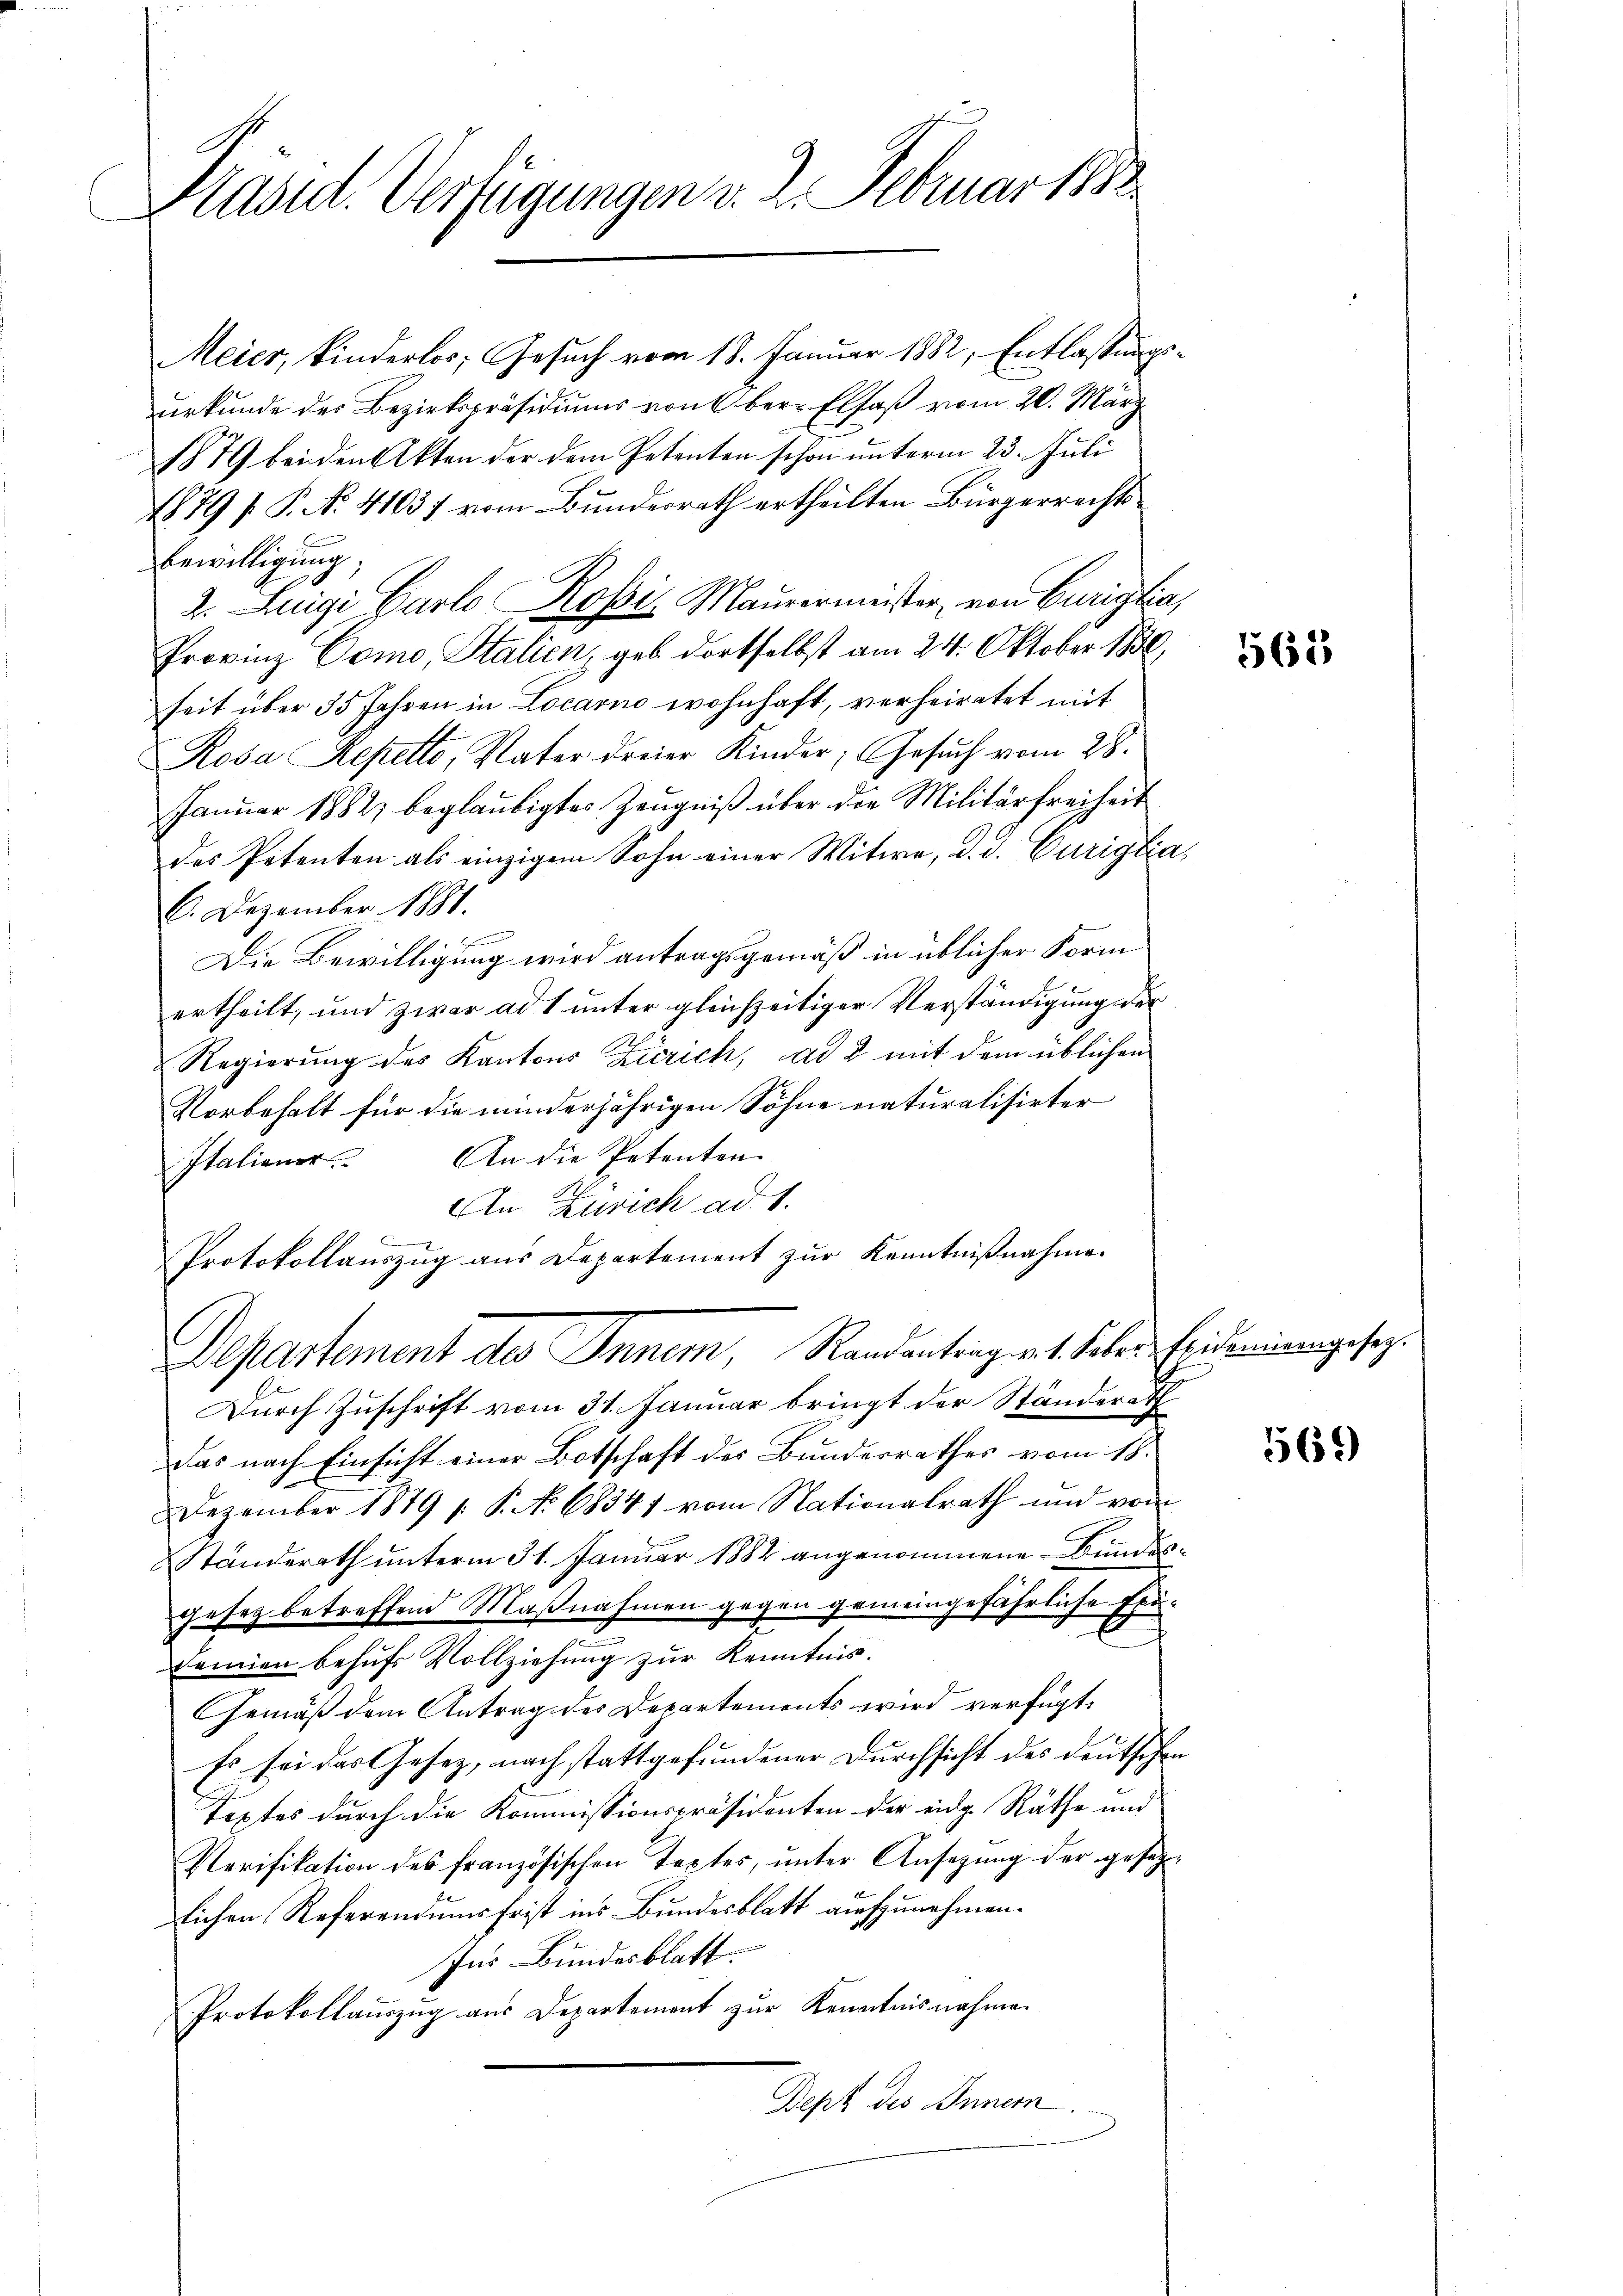
Präsid. Verfügungen v. J. Februar 188

Meier, kinderlos; Gesuch vom 18. Januar 1882, Entlassungsurkunde des Bezirkspräsidiums von Ober- Elsaß vom 20. März
1879 bei den Akten der dem Petenten schon ŭnterm 23. Juli
1879 f. P. No. 41037 vom Bundesrath ertheilten Bürgerrechtsbewilligung,
2. Luigi Carlo Rossi, Maurermeister von Curiglia,
Provinz Como, Italien, geb. dortselbst am 24. Oktober 1880,
seit über 35 Jahren in Locarno wohnhaft, verheiratet mit
Rosa Repetto, Vater dreier Kinder; Gesuch vom 28.
Januar 1882 beglaubigtes Zeugniß über die Militärfreiheit
des Petenten als einzigem Sohn einer Witwe, d. d. Curiglia,
6. Dezember 1881.
Die Bewilligung wird antragsgemäß in üblicher Form
ertheilt, und zwar ad 1 unter gleichzeitiger Verständigung der
Regierŭng des Kantons Zürich, ad 2 mit dem üblichen
Vorbehalt für die minderjährigen Söhne naturalisirter
Italiener. An die Petenten.
An Zürich ad 1.
Protokollauszug aus Departement zur Kenntnißnahme
Departement des Inner, Randantragent daher Eidemiengesez¬
Durch Zuschrift vom 31. Januar bringt der Ständerath
Das nach Einsicht einer Botschaft des Bundesrathes vom 18.
Dezember 1879 s. P. No 68341 vom Nationalrath und vom
Ständerath unterm 31. Januar 1882 angenommene Bundesgesetz betreffend Maßnahmen gegen gemeingefährliche Exedemien behufs Vollziehung zur Kenntnis.
Gemäß dem Antrag des Departements wird verfügt,
Es sei das Gesetz, nach stattgefundener Durchsicht des deutschen
Textes durch die Kommissionspräsidenten der eidg. Räthe und
Verifikation des französischen Textes, unter Ansezung der gesez¬
10
lichen Referendumsfrist ins Bundesblatt aufzunehmen.
Ins Bundesblatt.
Protokollauszug aus Departement zur Kenntnisnahme.
Dept des Innern.

565

569)